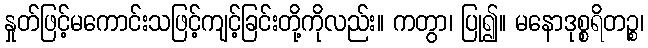
နှုတ်ဖြင့်မကောင်းသဖြင့်ကျင့်ခြင်းတို့ကိုလည်း။ ကတွာ၊ ပြု၍။ မနောဒုစ္စရိတဉ္စ၊